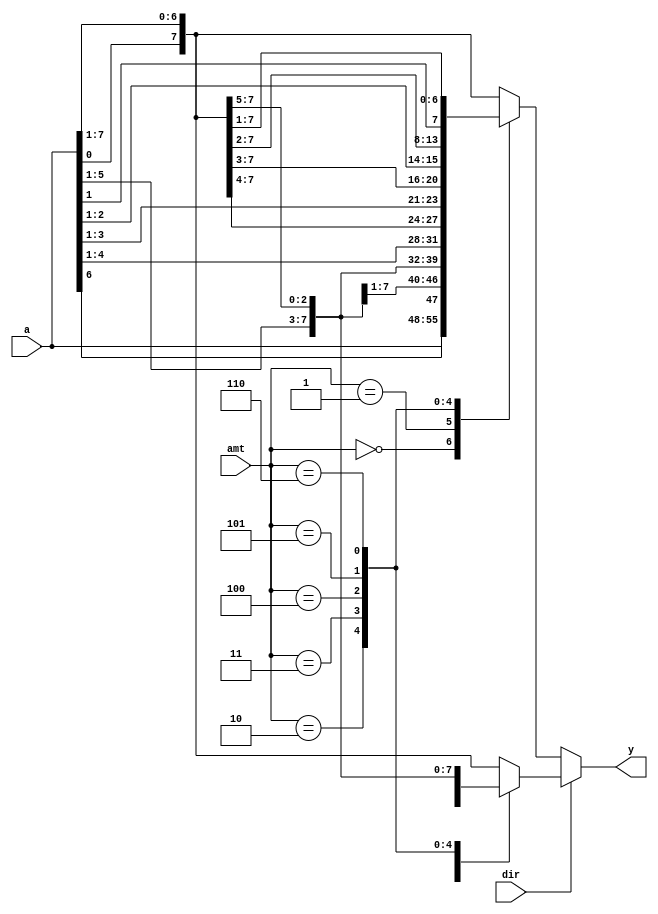
`timescale 1ns / 1ps
//////////////////////////////////////////////////////////////////////////////////
// Company: 
// Engineer: 
// 
// Design Name: 
// Module Name:    multifunction_barrel_shifter 
// Project Name: 
// Target Devices: 
// Tool versions: 
// Description: 
//
// Dependencies: 
//
// Revision: 
// Revision 0.01 - File Created
// Additional Comments: 
//
//////////////////////////////////////////////////////////////////////////////////
module multifunction_barrel_shifter(
   input wire [7:0] a,
   input wire [2:0] amt,
	input wire dir,
   output reg [7:0] y  
    );
	
	always @*
	 begin
	 if(dir)  //right
	  begin
     case(amt)
      3'o0: y = a;
      3'o1: y = {a[0], a[7:1]};
      3'o2: y = {a[1:0], a[7:2]};
      3'o3: y = {a[2:0], a[7:3]};
      3'o4: y = {a[3:0], a[7:4]};
      3'o5: y = {a[4:0], a[7:5]};
      3'o6: y = {a[5:0], a[7:6]};
      default: y = {a[0], a[7:1]};
     endcase
	  end
	 
	 else  //left
	  begin
     case(amt)
      3'o0: y = a;
      3'o1: y = {a[6:0], a[7]};
      3'o2: y = {a[5:0], a[7:6]};
      3'o3: y = {a[4:0], a[7:5]};
      3'o4: y = {a[3:0], a[7:4]};
      3'o5: y = {a[2:0], a[7:3]};
      3'o6: y = {a[1:0], a[7:2]};
      default: y = {a[0], a[7:1]};
     endcase
	  end
    end	     
endmodule